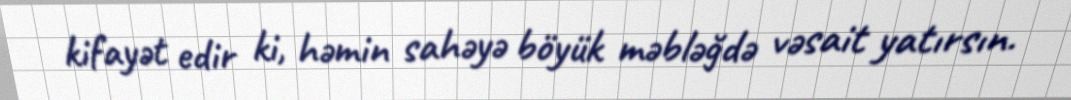
kifayət edir ki, həmin sahəyə böyük məbləğdə vəsait yatırsın.